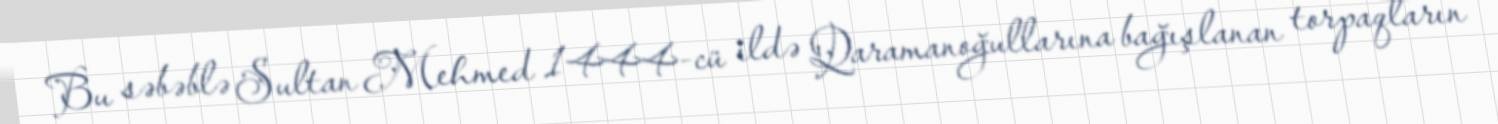
Bu səbəblə Sultan Mehmed 1444-cü ildə Qaramanoğullarına bağışlanan torpaqların